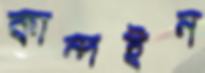
কান্দইন